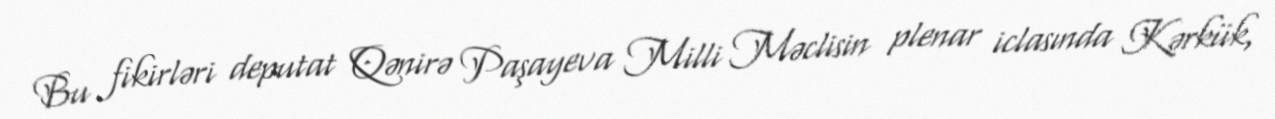
Bu fikirləri deputat Qənirə Paşayeva Milli Məclisin plenar iclasında Kərkük,